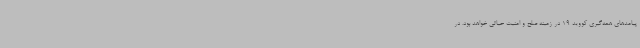
پیامدهای همه‌گیری کووید 19 در زمینه صلح و امنیت حیاتی خواهد بود. در